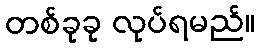
တစ်ခုခု လုပ်ရမည်။